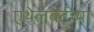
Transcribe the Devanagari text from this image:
एथेलबर्टच्या